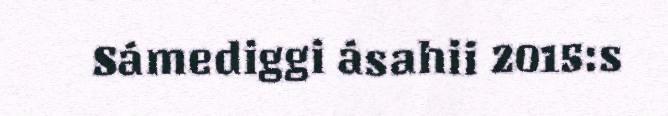
Sámediggi ásahii 2015:s